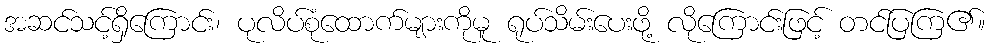
အဆင်သင့်ရှိကြောင်း၊ ပုလိပ်စုံထောက်များကိုမူ ရုပ်သိမ်းပေးဖို့ လိုကြောင်းဖြင့် တင်ပြကြ၏။